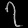
Digit: ၇